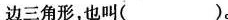
边三角形，也叫()。